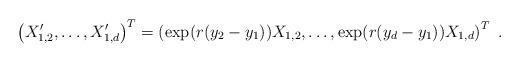
LaTeX: \begin{align*} \left(X'_{1,2},\ldots,X'_{1,d} \right)^T = \left( \exp(r(y_2-y_1)) X_{1,2},\ldots, \exp(r(y_d-y_1)) X_{1,d} \right)^T~.\end{align*}